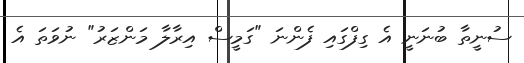
ސުނީތާ ބުނަނީ އެ ގިފްގައި ފެންނަ "ގަމީސް އިރާލާ މަންޒަރު" ނުވަތަ އެ